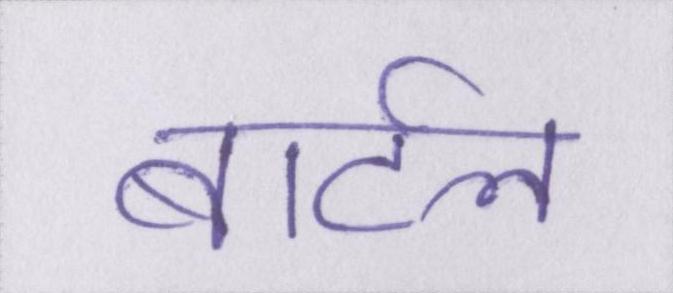
बार्टल